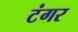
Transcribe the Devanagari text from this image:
टंगर